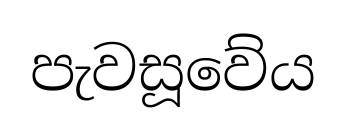
පැවසූවේය